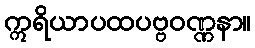
ဣရိယာပထပဗ္ဗဝဏ္ဏနာ။